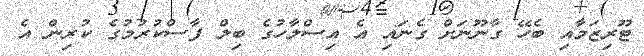
ޓޫރިޒަމާއި ބެހޭ ގާނޫނަށް ގެނައި އެ އިސްލާހުގެ ބިލް ފާސްކުރުމުގެ ކުރިން އެ